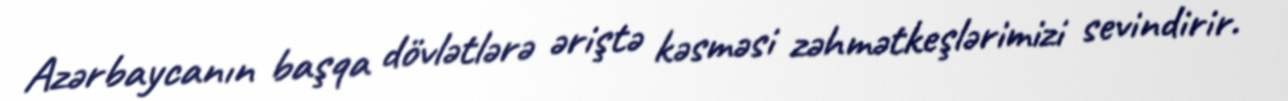
Azərbaycanın başqa dövlətlərə əriştə kəsməsi zəhmətkeşlərimizi sevindirir.